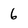
Character: 6